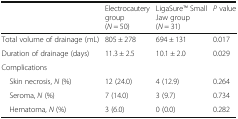
<table><thead><tr><td></td><td><b>Electrocautery group(<i>N</i> = 50)</b></td><td><b>LigaSureTM Small Jaw group(<i>N</i> = 31)</b></td><td><b><i>P</i> value</b></td></tr></thead><tbody><tr><td>Total volume of drainage (mL)</td><td>805 ± 278</td><td>694 ± 131</td><td>0.017</td></tr><tr><td>Duration of drainage (days)</td><td>11.3 ± 2.5</td><td>10.1 ± 2.0</td><td>0.029</td></tr><tr><td colspan="4">Complications</td></tr><tr><td> Skin necrosis, <i>N</i> (%)</td><td>12 (24.0)</td><td>4 (12.9)</td><td>0.264</td></tr><tr><td> Seroma, <i>N</i> (%)</td><td>7 (14.0)</td><td>3 (9.7)</td><td>0.734</td></tr><tr><td> Hematoma, <i>N</i> (%)</td><td>3 (6.0)</td><td>0 (0.0)</td><td>0.282</td></tr></tbody></table>